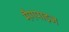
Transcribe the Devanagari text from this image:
मैगपाइज